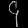
Digit: ၄